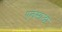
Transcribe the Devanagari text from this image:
एलेसान्द्रो